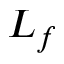
L _ { f }